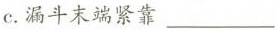
c.漏斗末端紧靠___